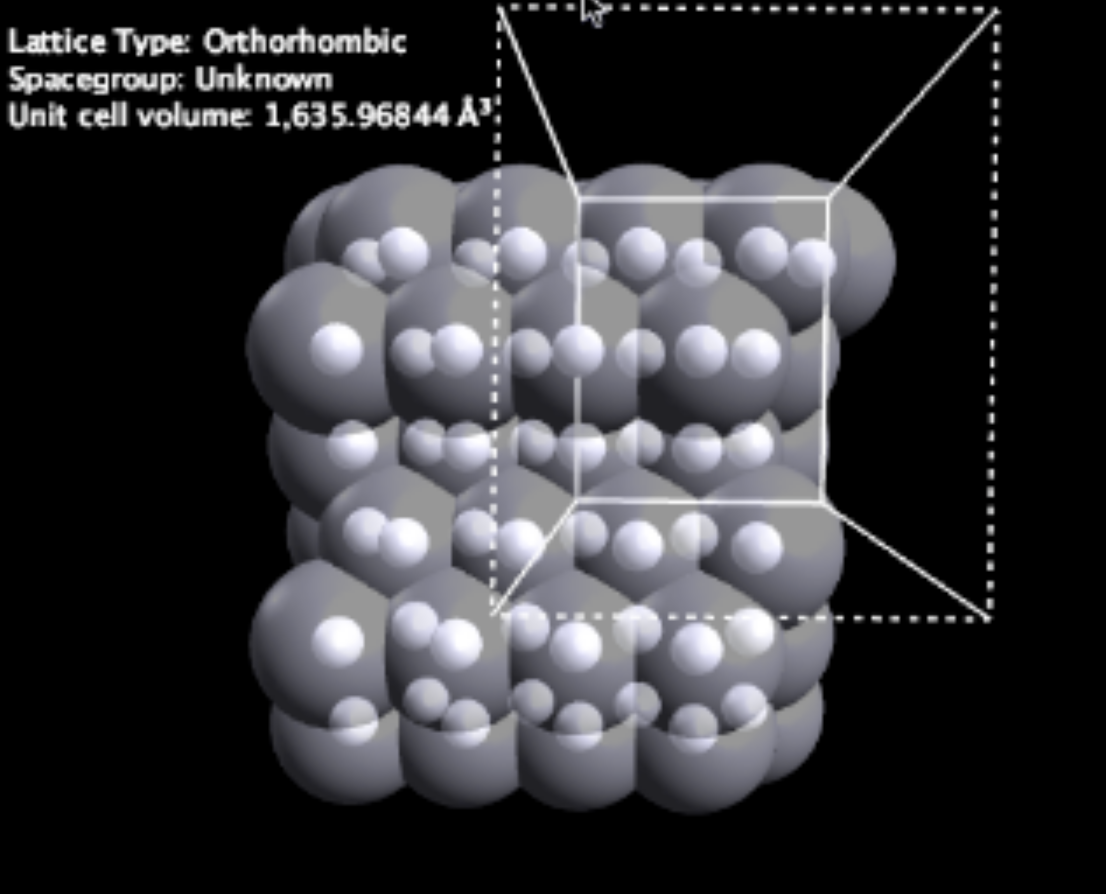
avogadro, surface interaction